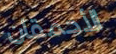
الأحمقان